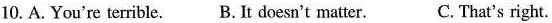
10.A.You're terrible. B. It doesn't matter. C. That's right.